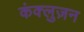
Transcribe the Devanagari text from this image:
कंक्लुज़न